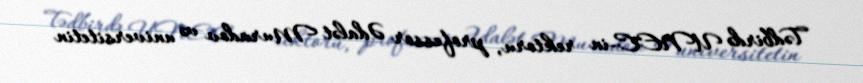
Tədbirdə UNEC-in rektoru, professor Ədalət Muradov və universitetin